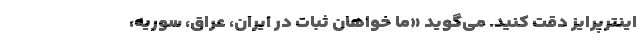
اینترپرایز دقت کنید. می‌گوید «ما خواهان ثبات در ایران، عراق، سوریه،